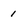
Character: 1